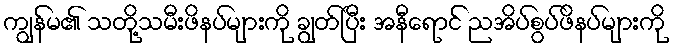
ကျွန်မ၏ သတို့သမီးဖိနပ်များကို ချွတ်ပြီး အနီရောင် ညအိပ်စွပ်ဖိနပ်များကို